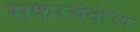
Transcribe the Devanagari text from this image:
सफरचंदांच्या